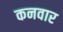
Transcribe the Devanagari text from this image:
कनवार